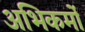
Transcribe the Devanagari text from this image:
अभिकर्मो